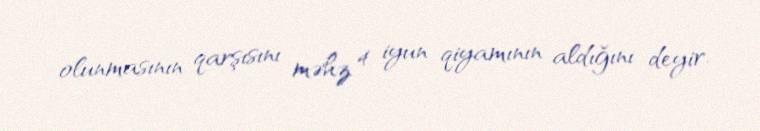
olunmasının qarşısını məhz 4 iyun qiyamının aldığını deyir.